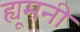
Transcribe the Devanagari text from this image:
ह्यूमनी